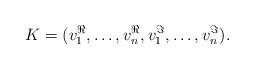
LaTeX: \begin{align*}K=(v_1^{\Re},\ldots,v_n^{\Re},v_1^{\Im},\ldots,v_n^{\Im}).\end{align*}